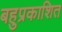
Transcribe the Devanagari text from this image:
बहुप्रकाशित